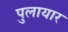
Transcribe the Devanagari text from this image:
पुलायार